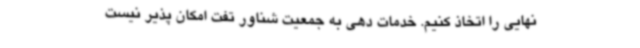
نهایی را اتخاذ کنیم. خدمات دهی به جمعیت شناور تفت امکان پذیر نیست